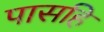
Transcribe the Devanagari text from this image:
पासहि